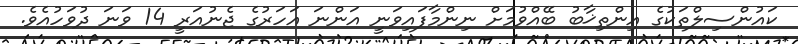
ކައުންސިލްތަކުގެ އިންތިޚާބު ބޭއްވުމަށް ނިންމާފައިވަނީ އަންނަ އަހަރުގެ ޖެނުއަރީ 14 ވަނަ ދުވަހުއެވެ.